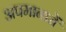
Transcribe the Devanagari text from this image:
अपमानाचें